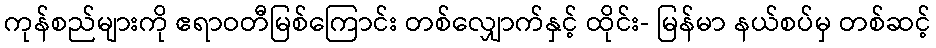
ကုန်စည်များကို ဧရာဝတီမြစ်ကြောင်း တစ်လျှောက်နှင့် ထိုင်း- မြန်မာ နယ်စပ်မှ တစ်ဆင့်